Triennial report on the lunatic asylums in the province of Eastern Bengal and Assam - 1903-1911
Year: 1903
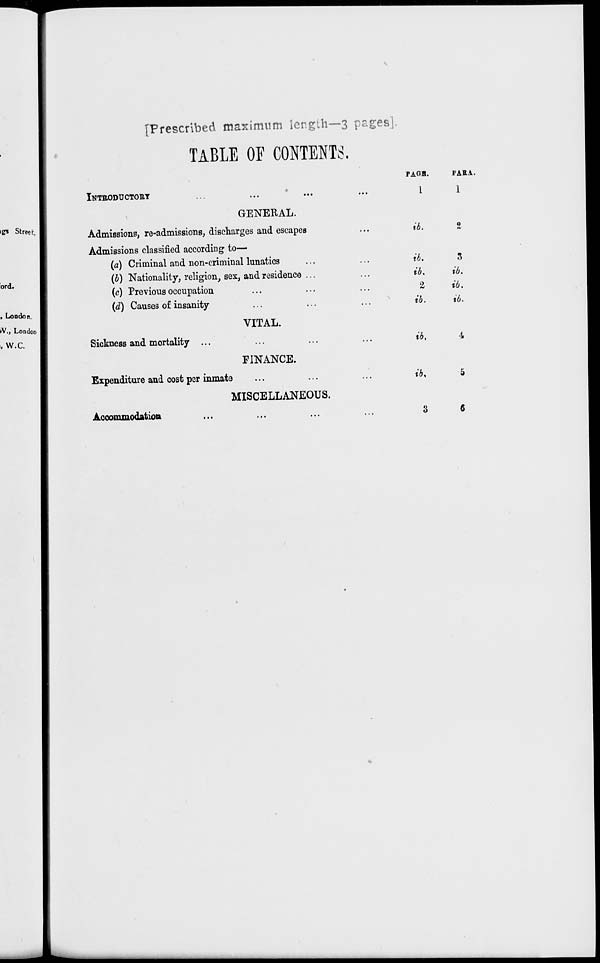
[Prescribed maximum length—3 pages
TABLE OF CONTENTS.
INTRODUCTORY ... ... ... ...
GENERAL.
Admissions, re-admissions, discharges and escapes ...
Admissions classified according to—
(a) Criminal and non-criminal lunatics ... ...
(b) Nationality, religion, sex, and residence ... ...
(c) Previous occupation ... ... ...
(d) Causes of insanity ... ... ...
VITAL.
Sickness and mortality ... ... ... ...
FINANCE.
Expenditure and cost per inmate ... ... ...
MISCELLANEOUS.
Accommodation ... ... ... ...
PAGE.
1
ib.
ib.
ib.
2
ib.
ib.
ib.
3
PARA.
1
2
3
ib.
ib.
ib.
4
5
6